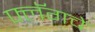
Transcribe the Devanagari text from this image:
फ्लॅगचे